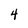
Character: 4